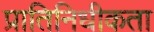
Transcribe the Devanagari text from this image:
प्रातिनिधीकता